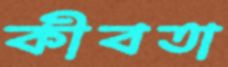
কীবতা